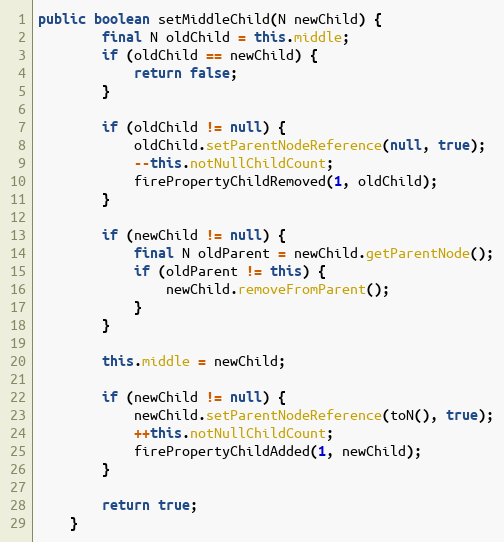
Language: Java
public boolean setMiddleChild(N newChild) {
		final N oldChild = this.middle;
		if (oldChild == newChild) {
			return false;
		}

		if (oldChild != null) {
			oldChild.setParentNodeReference(null, true);
			--this.notNullChildCount;
			firePropertyChildRemoved(1, oldChild);
		}

		if (newChild != null) {
			final N oldParent = newChild.getParentNode();
			if (oldParent != this) {
				newChild.removeFromParent();
			}
		}

		this.middle = newChild;

		if (newChild != null) {
			newChild.setParentNodeReference(toN(), true);
			++this.notNullChildCount;
			firePropertyChildAdded(1, newChild);
		}

		return true;
	}